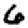
Digit: 6